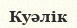
Куәлік